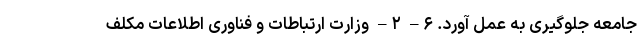
جامعه جلوگیری به عمل آورد. ۶– ۲– وزارت ارتباطات و فناوری اطلاعات مکلف